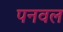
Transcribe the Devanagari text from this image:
पनवल